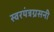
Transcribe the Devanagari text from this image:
स्वरयंत्रग्रसनी